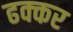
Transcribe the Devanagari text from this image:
ढक्कर